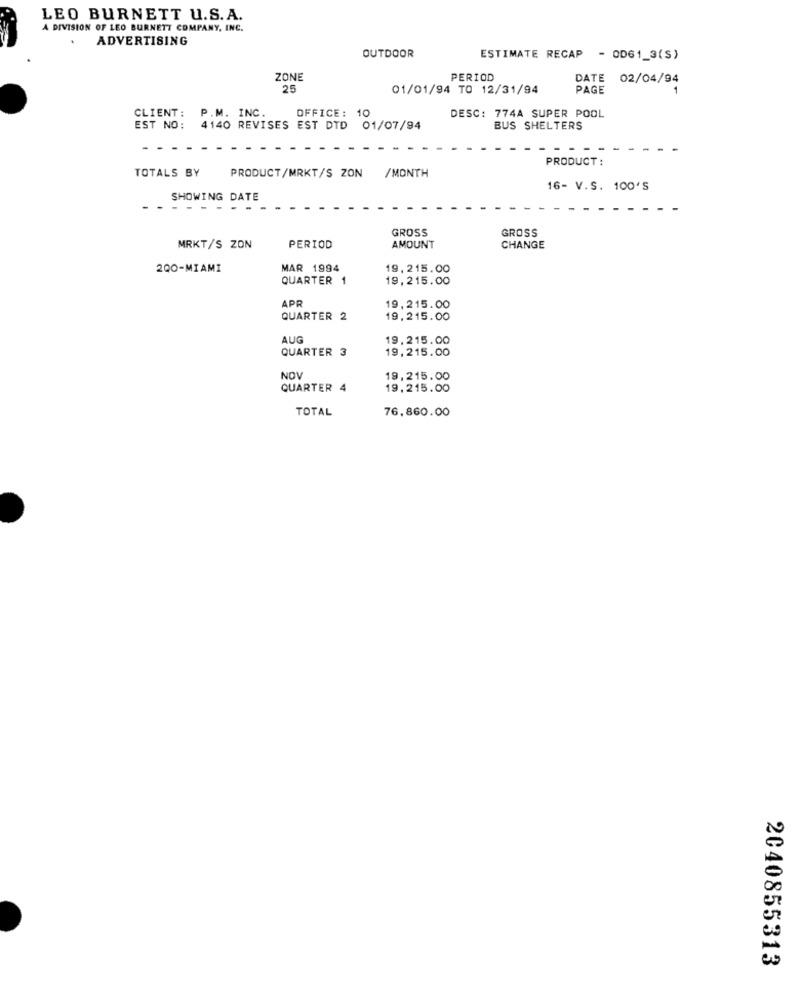
LEO BURNETT U.S.A.
A DIVISION OF LEO BURNETT COMPANY, INC.
ADVERTISING
OUTDOOR
ESTIMATE RECAP - OD61_3(S)
ZONE
PERIOD
DATE 02/04/94
25
01/01/94 TO 12/31/94
PAGE
-
OFFICE: 10
DESC: 774A SUPER POOL
CLIENT:
P.M. INC.
EST NO:
4140 REVISES EST DTD
01/07/94
BUS SHELTERS
PRODUCT :
TOTALS BY
PRODUCT/MRKT/S ZON /MONTH
16- V.S. 100'S
SHOWING DATE
- - -.
GROSS
GROSS
MRKT/S ZON
PERIOD
AMOUNT
CHANGE
200-MIAMI
MAR 1994
19,215.00
QUARTER 1
19,215.00
APR
19,215.00
QUARTER 2
19,215.00
AUG
19.215.00
QUARTER 3
19,215.00
NOV
19,215.00
QUARTER 4
19.215.00
TOTAL
76.860.00
2040855313